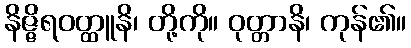
နိဇ္ဇိရဝတ္ထူနိ၊ တို့ကို။ ဝုတ္တာနိ၊ ကုန်၏။